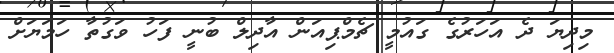
މިދިޔަ ދެ އަހަރުގެ ގައުމީ ޗެމްޕިއަން އާދިލް ބުނީ ފަހު ވަގުތާ ހަމަޔަށް